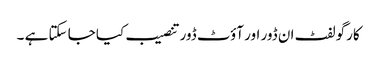
کارگو لفٹ ان ڈور اور آؤٹ ڈور تنصیب کیا جا سکتا ہے ۔